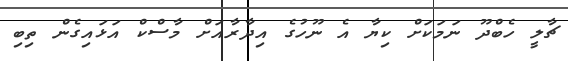
ޗާލީ ހެބްދޫ ނަމަކަށް ކިޔާ އެ ނޫހުގެ އިދާރާއަށް މާސްކް އަޅައިގެން ތިބި